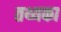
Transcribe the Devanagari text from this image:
तथ्यका